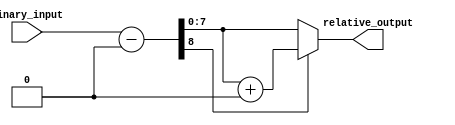
module RelativeEncoder #(parameter N = 8, M = 8, REF_POINT = 8'd0) (
    input  [N-1:0] binary_input,  // N-bit binary input
    output reg [M-1:0] relative_output // M-bit relative output
);
    
    // Internal wire for the relative position calculation
    wire [N:0] relative_position; // N+1 bits to handle possible overflow during subtraction

    // Calculate the relative position as an unsigned difference
    assign relative_position = binary_input - REF_POINT;

    always @(*) begin
        if (relative_position[N] == 1'b1) begin
            // Handle wrap-around condition if the result is negative
            relative_output = relative_position[N-1:0] + (1 << M); // Adding 2^M to wrap around
        end else begin
            relative_output = relative_position[M-1:0]; // Assign the lower M bits
        end
    end
endmodule